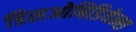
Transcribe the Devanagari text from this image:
डिसओबिडियेन्स